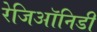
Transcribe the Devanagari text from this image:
रेजिऑनिडी